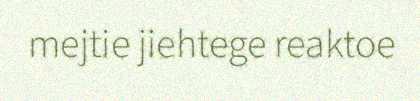
mejtie jiehtege reaktoe